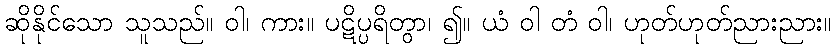
ဆိုနိုင်သော သူသည်။ ဝါ၊ ကား။ ပဋိပ္ပရိတွာ၊ ၍။ ယံ ဝါ တံ ဝါ၊ ဟုတ်ဟုတ်ညားညား။